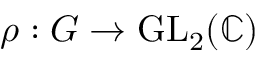
\rho : G \to { \mathrm { G L } } _ { 2 } ( \mathbb { C } )